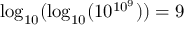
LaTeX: \log _ { 1 0 } ( \log _ { 1 0 } ( 1 0 ^ { 1 0 ^ { 9 } } ) ) = 9